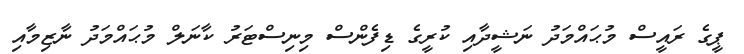
ޕީގެ ރައީސް މުޙައްމަދު ނަޝީދާއި ކުރީގެ ޑިފެންސް މިނިސްޓަރު ކާނަލް މުޙައްމަދު ނާޒިމާއި